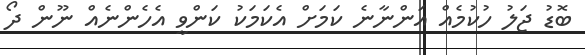
ބޮޑު ޖަލު ހުކުމެއް އަންނާނެ ކަމަށް އެކަމަކު ކަންވީ އެހެންނެއް ނޫން ދޯ